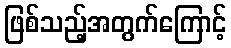
ဖြစ်သည့်အတွက်ကြောင့်